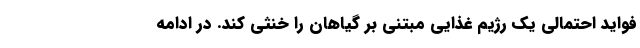
فواید احتمالی یک رژیم غذایی مبتنی بر گیاهان را خنثی کند. در ادامه